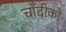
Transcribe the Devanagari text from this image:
चाँदीको